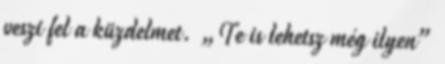
veszi fel a küzdelmet. „Te is lehetsz még ilyen”